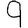
Digit: 9